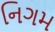
નિગમ